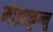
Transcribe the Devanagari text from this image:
मोझाकुन्नु